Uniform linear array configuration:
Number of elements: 8
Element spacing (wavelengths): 0.25
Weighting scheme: binomial
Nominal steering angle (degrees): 60
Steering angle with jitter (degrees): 60.485
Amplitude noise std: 0.05
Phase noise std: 0.05

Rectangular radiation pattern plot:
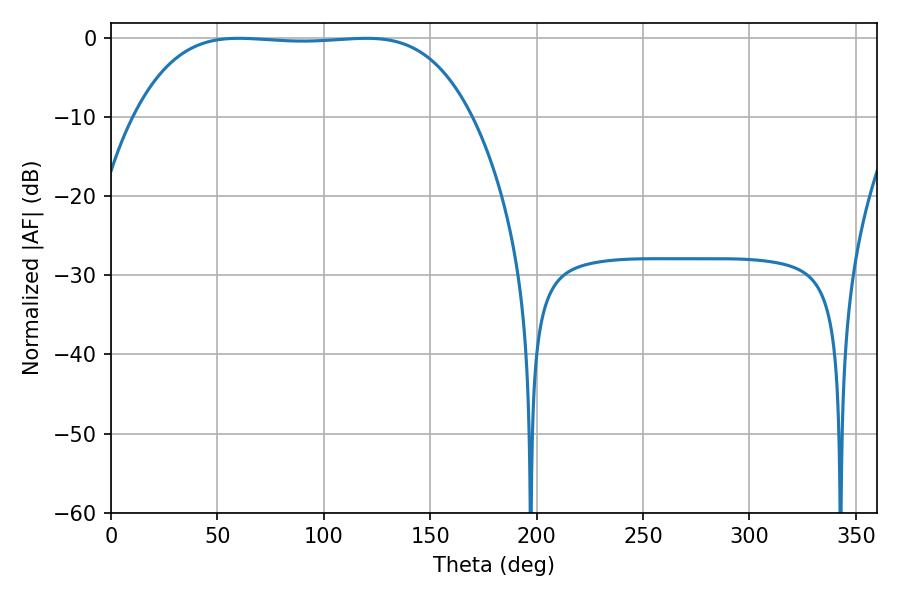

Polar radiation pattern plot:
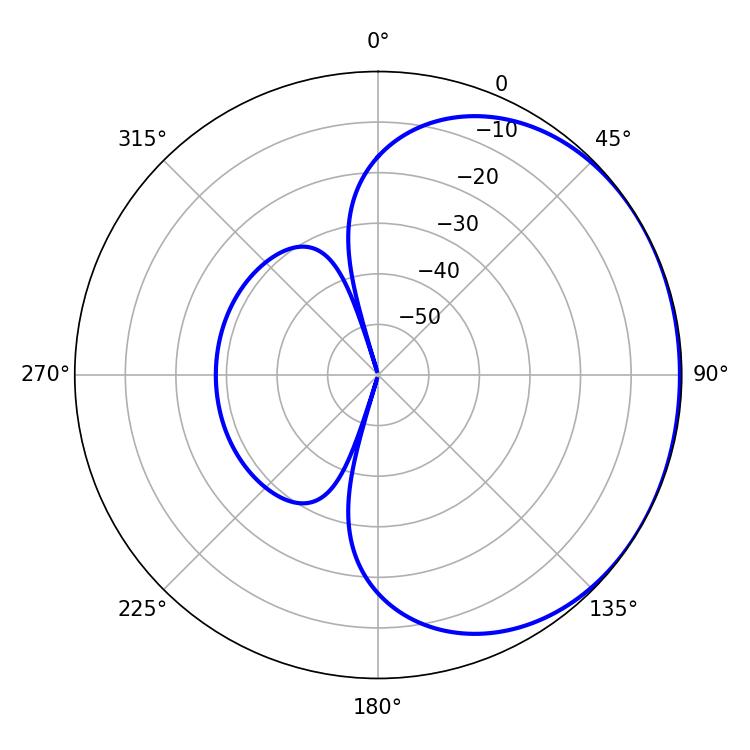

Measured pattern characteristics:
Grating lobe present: FALSE
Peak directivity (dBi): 0.7759
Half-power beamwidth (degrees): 123.12
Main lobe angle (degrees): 59.94